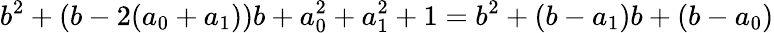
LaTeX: b^{2}+(b-2(a_{0}+a_{1}))b+a_{0}^{2}+a_{1}^{2}+1=b^{2}+(b-a_{1})b+(b-a_{0})